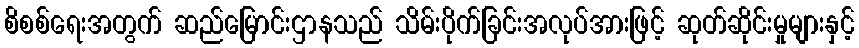
စိစစ်ရေးအတွက် ဆည်မြောင်းဌာနသည် သိမ်းပိုက်ခြင်းအလုပ်အားဖြင့် ဆုတ်ဆိုင်းမှုများနှင့်